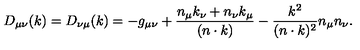
D _ { \mu \nu } ( k ) = D _ { \nu \mu } ( k ) = - g _ { \mu \nu } + \frac { n _ { \mu } k _ { \nu } + n _ { \nu } k _ { \mu } } { ( n \cdot k ) } - \frac { k ^ { 2 } } { ( n \cdot k ) ^ { 2 } } n _ { \mu } n _ { \nu } .